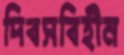
দিবসবিহীন